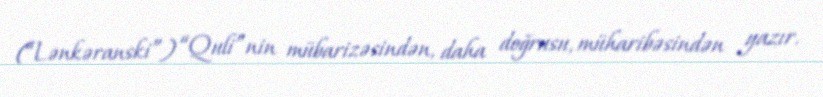
(“Lənkəranski”) “Quli”nin mübarizəsindən, daha doğrusu, müharibəsindən yazır.